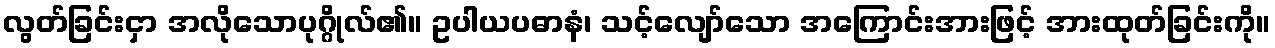
လွတ်ခြင်းငှာ အလိုသောပုဂ္ဂိုလ်၏။ ဥပါယပဓာနံ၊ သင့်လျော်သော အကြောင်းအားဖြင့် အားထုတ်ခြင်းကို။